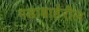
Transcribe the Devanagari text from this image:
गडाबाहेरील